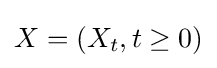
X=\left(X_{t},t\geq 0\right)